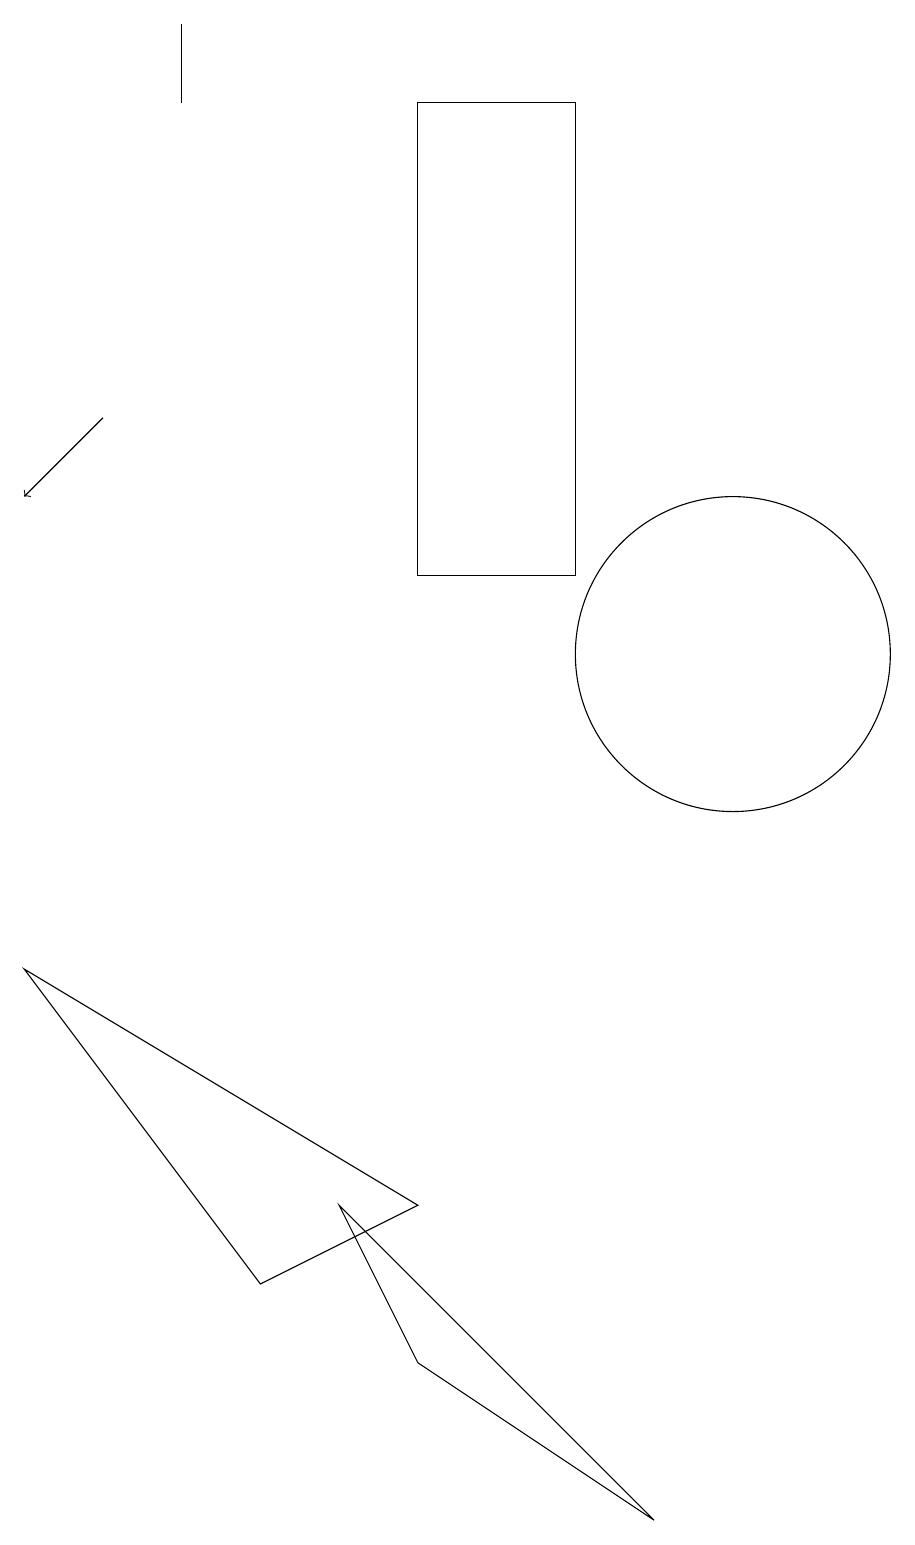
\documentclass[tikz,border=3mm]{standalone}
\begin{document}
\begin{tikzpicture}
\draw (4,3) -- (1,7) -- (6,4) -- cycle;
\draw (3,19) rectangle (3,18);
\draw (8,18) rectangle (6,12);
\draw[->] (2,14) -- (1,13);
\draw (10,11) circle (2);
\draw (5,4) -- (6,2) -- (9,0) -- cycle;
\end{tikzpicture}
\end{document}